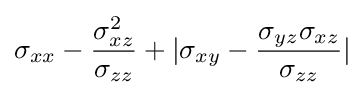
\sigma _{xx}-{\frac {\sigma _{xz}^{2}}{\sigma _{zz}}}+|\sigma _{xy}-{\frac {\sigma _{yz}\sigma _{xz}}{\sigma _{zz}}}|